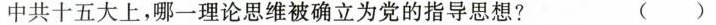
中共十五大上，哪一理论思维被确立为党的指导思想? ()